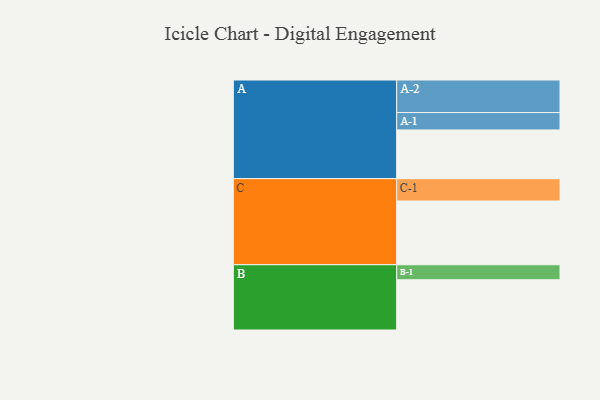
{"axis": {"x": "Segment", "y": "Value"}, "legend": ["", "A", "B", "C"], "data": [{"x": "A", "y": 353, "type": ""}, {"x": "B", "y": 364, "type": ""}, {"x": "C", "y": 462, "type": ""}, {"x": "A-1", "y": 126, "type": "A"}, {"x": "A-2", "y": 236, "type": "A"}, {"x": "B-1", "y": 109, "type": "B"}, {"x": "C-1", "y": 162, "type": "C"}]}